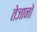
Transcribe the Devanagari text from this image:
तेजानो